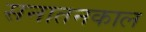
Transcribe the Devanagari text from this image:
सनातनकाल